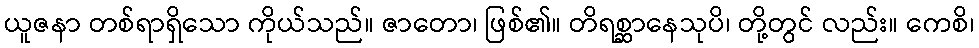
ယူဇနာ တစ်ရာရှိသော ကိုယ်သည်။ ဇာတော၊ ဖြစ်၏။ တိရစ္ဆာနေသုပိ၊ တို့တွင် လည်း။ ကေစိ၊